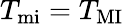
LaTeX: T_{\mathrm{mi}}=T_{\mathrm{MI}}